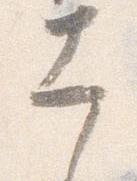
幸